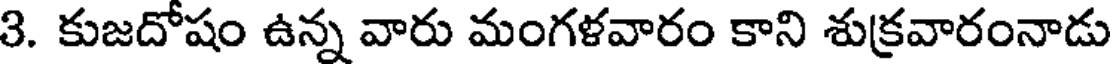
3. కుజదోషం ఉన్న వారు మంగళవారం కాని శుక్రవారంనాడు